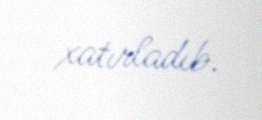
xatırladıb.